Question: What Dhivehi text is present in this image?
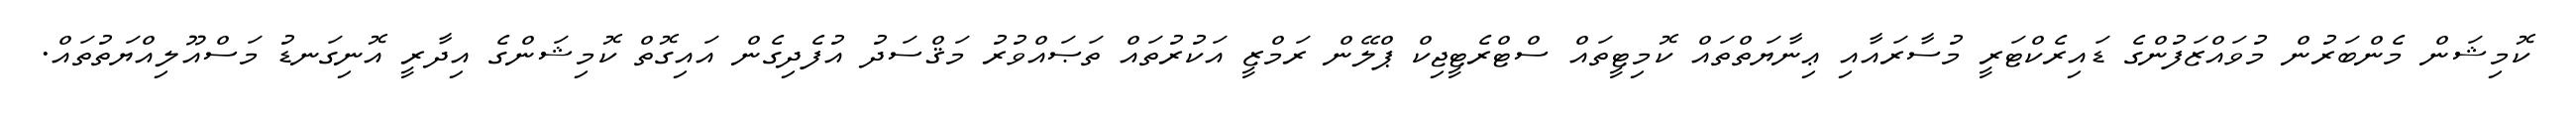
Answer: ކޮމިޝަން މެންބަރުން މުވައްޒަފުންގެ ޑައިރެކްޓަރީ މުސާރައާއި ޢިނާޔަތްތައް ކޮމިޓީތައް ސްޓްރެޓީޖިކް ޕްލޭން ރަމްޒީ އަކުރުތައް ތަޞައްވުރު މަޤްސަދު އުފެދިގެން އައިގޮތް ކޮމިޝަންގެ އިދާރީ އޮނިގަނޑު މަސްއޫލިއްޔަތުތައް.